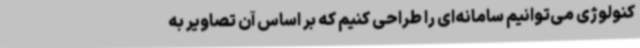
کنولوژی می‌توانیم سامانه‌ای را طراحی کنیم که بر اساس آن تصاویر به